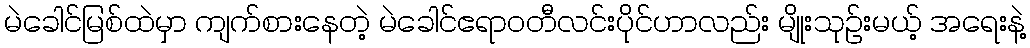
မဲခေါင်မြစ်ထဲမှာ ကျက်စားနေတဲ့ မဲခေါင်ဧရာဝတီလင်းပိုင်ဟာလည်း မျိုးသုဥ်းမယ့် အရေးနဲ့